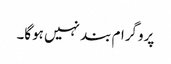
پروگرام بند نہیں ہوگا۔